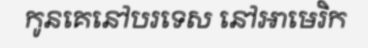
កូនគេនៅបរទេស នៅអាមេរិក